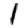
Digit: 1